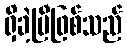
ရှိခဲ့ပြီဖြစ်သည်